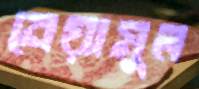
নেয়ামুল